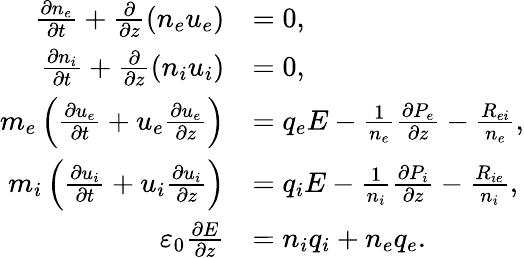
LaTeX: \begin{array}{rl}{\frac{\partial n_{e}}{\partial t}+\frac{\partial}{\partial z}(n_{e}u_{e})}&{=0,}\\ {\frac{\partial n_{i}}{\partial t}+\frac{\partial}{\partial z}(n_{i}u_{i})}&{=0,}\\ {m_{e}\left(\frac{\partial u_{e}}{\partial t}+u_{e}\frac{\partial u_{e}}{\partial z}\right)}&{=q_{e}E-\frac{1}{n_{e}}\frac{\partial P_{e}}{\partial z}-\frac{R_{ei}}{n_{e}},}\\ {m_{i}\left(\frac{\partial u_{i}}{\partial t}+u_{i}\frac{\partial u_{i}}{\partial z}\right)}&{=q_{i}E-\frac{1}{n_{i}}\frac{\partial P_{i}}{\partial z}-\frac{R_{ie}}{n_{i}},}\\ {\varepsilon_{0}\frac{\partial E}{\partial z}}&{=n_{i}q_{i}+n_{e}q_{e}.}\end{array}